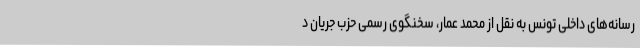
رسانه‌های داخلی تونس به نقل از محمد عمار، سخنگوی رسمی حزب جریان د